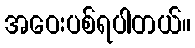
အဝေးပစ်ရပါတယ်။